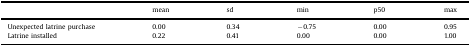
|  | mean | sd | min | p50 | max |
 | --- | --- | --- | --- | --- | --- |
 | Unexpected latrine purchase | 0.00 | 0.34 | −0.75 | 0.00 | 0.95 |
 | Latrine installed | 0.22 | 0.41 | 0.00 | 0.00 | 1.00 |